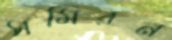
সমিরন